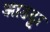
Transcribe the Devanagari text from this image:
आउट्टा